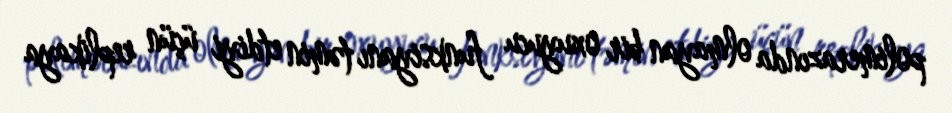
polimerazında olmayan bir oxuyucu funksiyanı təmin etdiyi üçün replikaya